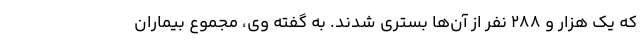
که یک هزار و ۲۸۸ نفر از آن‌ها بستری شدند. به گفته وی، مجموع بیماران